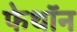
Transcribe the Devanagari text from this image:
फेथॉन